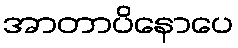
အာတာပိနောပေ